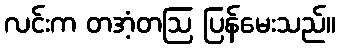
လင်းက တအံ့တဩ ပြန်မေးသည်။